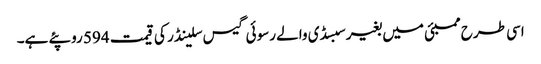
اسی طرح ممبئی میں بغیر سبسڈی والے رسوئی گیس سلینڈر کی قیمت 594 روپئے ہے۔